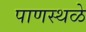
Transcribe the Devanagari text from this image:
पाणस्थळे